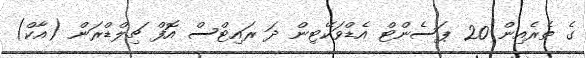
ގެ ތެރެއިން 20 ޕަސެންޓް އެޑްވަކޭޓިން ދަ ރައިޓްސް އޮފް ޗިލްޑްރަން (އާކް)